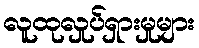
လူထုလှုပ်ရှားမှုများ